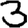
Digit: 3